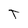
Character: T